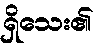
ရှိသေး၏